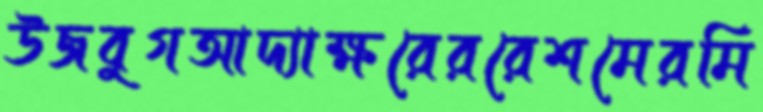
উজবুগআদ্যাক্ষরেররেশমেরমি